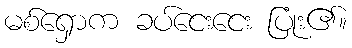
မစ်ရှောက ခပ်ငေးငေး ပြုံး၏။